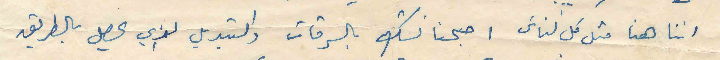
اننا هنا متل كل لناس اصبحنا نشك بالسرقات والتبديل الذي يحصل بالطريق